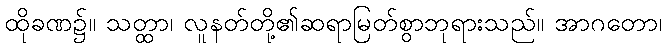
ထိုခဏ၌။ သတ္ထာ၊ လူနတ်တို့၏ဆရာမြတ်စွာဘုရားသည်။ အာဂတော၊